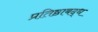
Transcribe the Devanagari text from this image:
प्रतिष्ठाबद्ध